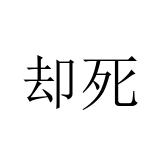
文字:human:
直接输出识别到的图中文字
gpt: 却死